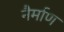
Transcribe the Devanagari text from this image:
नैर्माण